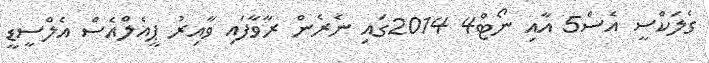
ގެލަކްސީ އެސް5 އާއި ނޯޓް4 2014ގައި ނެރެން ރާވާފައި ވާއިރު ޕީއެލްއެސް އެލްސީޑީ